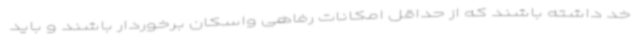
خد داشته باشند که از حداقل امکانات رفاهی واسکان برخوردار باشند و باید